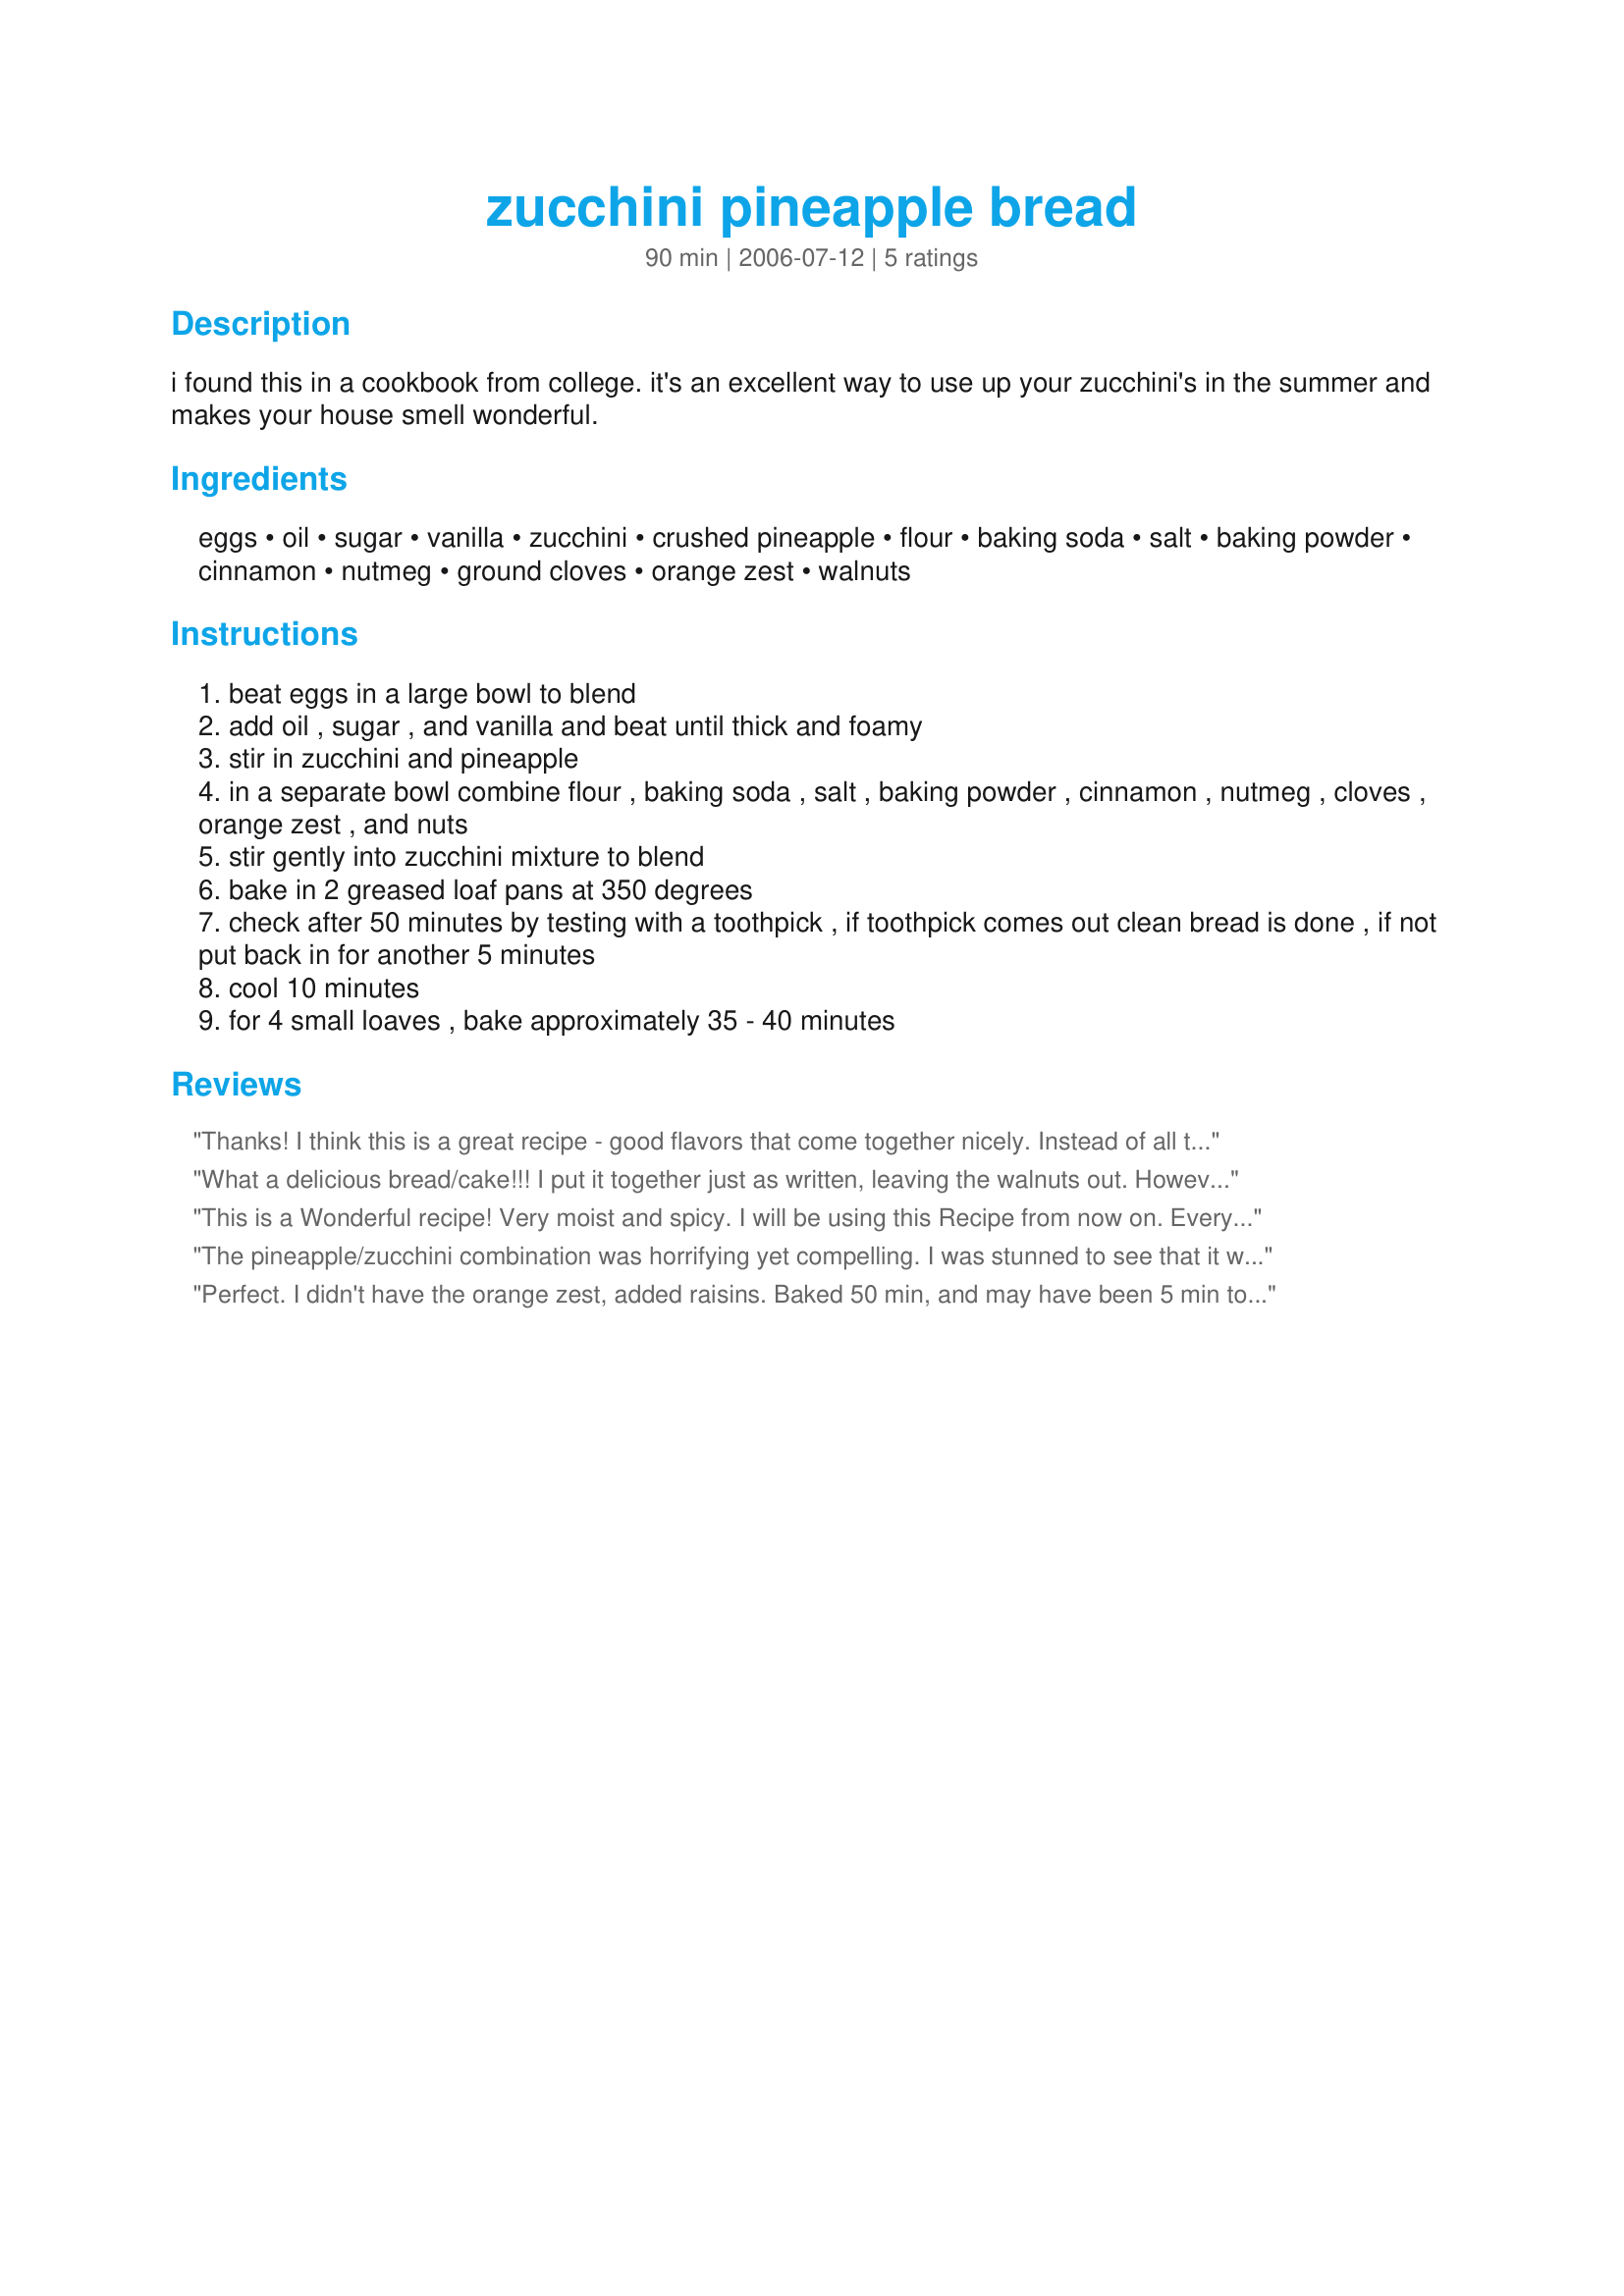
zucchini pineapple bread
Preparation time: 90 minutes

i found this in a cookbook from college. it's an excellent way to use up your zucchini's in the summer and makes your house smell wonderful.

Ingredients:
eggs, oil, sugar, vanilla, zucchini, crushed pineapple, flour, baking soda, salt, baking powder, cinnamon, nutmeg, ground cloves, orange zest, walnuts

Steps:
beat eggs in a large bowl to blend
add oil , sugar , and vanilla and beat until thick and foamy
stir in zucchini and pineapple
in a separate bowl combine flour , baking soda , salt , baking powder , cinnamon , nutmeg , cloves , orange zest , and nuts
stir gently into zucchini mixture to blend
bake in 2 greased loaf pans at 350 degrees
check after 50 minutes by testing with a toothpick , if toothpick comes out clean bread is done , if not put back in for another 5 minutes
cool 10 minutes
for 4 small loaves , bake approximately 35 - 40 minutes

Reviews:
Thanks! I think this is a great recipe - good flavors that come together nicely. Instead of all the oil, I used 1/2 c applesauce and 1/2 c oil, which I think makes the bread bake up a little faster - mine was done in about 45 minutes. I'll definitely make this again.
What a delicious bread/cake!!! I put it together just as written, leaving the walnuts out. However, I did bake it in a bundt pan and poured a glaze made with the leftover pineapple juice over the top. This turned out wonderul!! Will be making this again and again. Thank you Babs for posting this delicious sweet treat that uses up the zucchini that is bountiful from my garden right now. :)shirley(:
This is a Wonderful recipe! Very moist and spicy. I will be using this Recipe from now on.
Everyone who tasted it wanted the recipe. Thank you for posting it.
 Judy
The pineapple/zucchini combination was horrifying yet compelling. I was stunned to see that it worked! This tasted pretty good. The end result was a little too sweet for my taste, so I will probably play around and see if it works with a little less sugar. Thanks for this very novel recipe!
Perfect. I didn't have the orange zest, added raisins. Baked 50 min, and may have been 5 min too long, or that I baked in 2 9x5 pans. Any ideas on size of loaf pans? Will shorten next time, but I chalk that up to oven variances, not your recipe. My husband has given this a Top 5 spot, which is not to be snickered at! Will make again, and again. And will try to have the orange zest at hand, that sounds even better. Thanks for the most special recipe.
